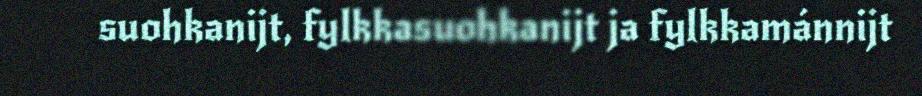
suohkanijt, fylkkasuohkanijt ja fylkkamánnijt